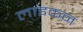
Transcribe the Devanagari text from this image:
लाइकन